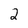
Character: 2